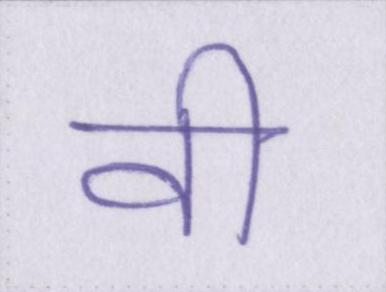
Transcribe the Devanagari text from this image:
वी